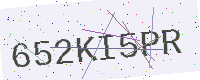
Text: 652KI5PR